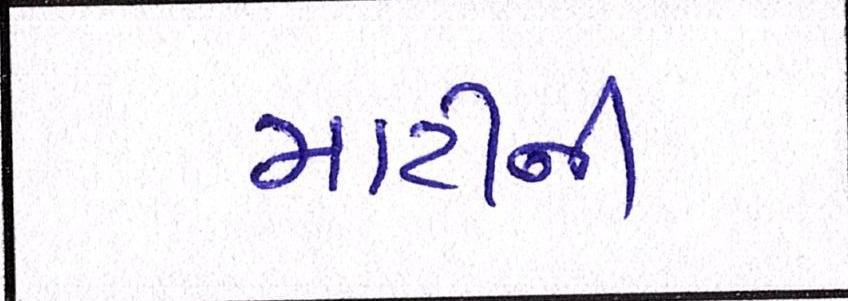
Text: માટીની